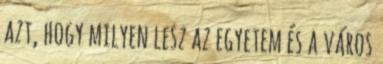
azt, hogy milyen lesz az egyetem és a város